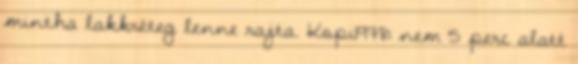
mintha lakkréteg lenne rajta. Kopi1978: nem 5 perc alatt